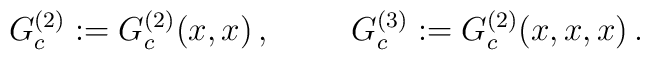
G_c^{(2)} := G_c^{(2)}(x,x) \,, \hspace{1cm}G_c^{(3)} := G_c^{(2)}(x,x,x) \,.